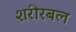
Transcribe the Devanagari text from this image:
शरीरबल